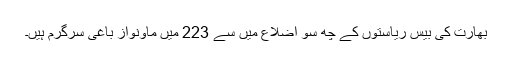
بھارت کی بیس ریاستوں کے چھ سو اضلاع میں سے 223 میں ماؤنواز باغی سرگرم ہیں۔